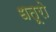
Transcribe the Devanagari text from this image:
धतूरो